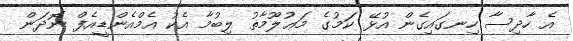
އެ ހާދިސާ ހިނގައިގެން އުޅޭ ކަމުގެ މަޢުލޫމާތު ލިބުމާ އެކު އެމްއެންޑީއެފް ނޮދަން